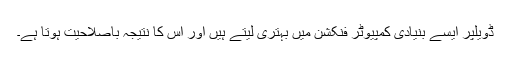
ڈویلپر ایسے بنیادی کمپیوٹر فنکشن میں بہتری لیتے ہیں اور اس کا نتیجہ باصلاحیت ہوتا ہے۔